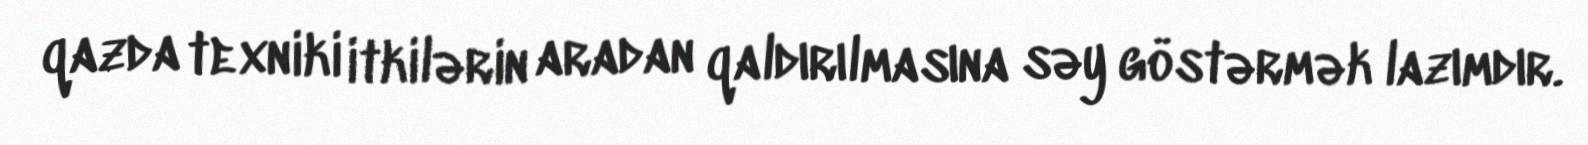
qazda texniki itkilərin aradan qaldırılmasına səy göstərmək lazımdır.